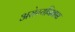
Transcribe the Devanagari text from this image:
अरोग्यनिवास